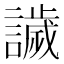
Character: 𧬨